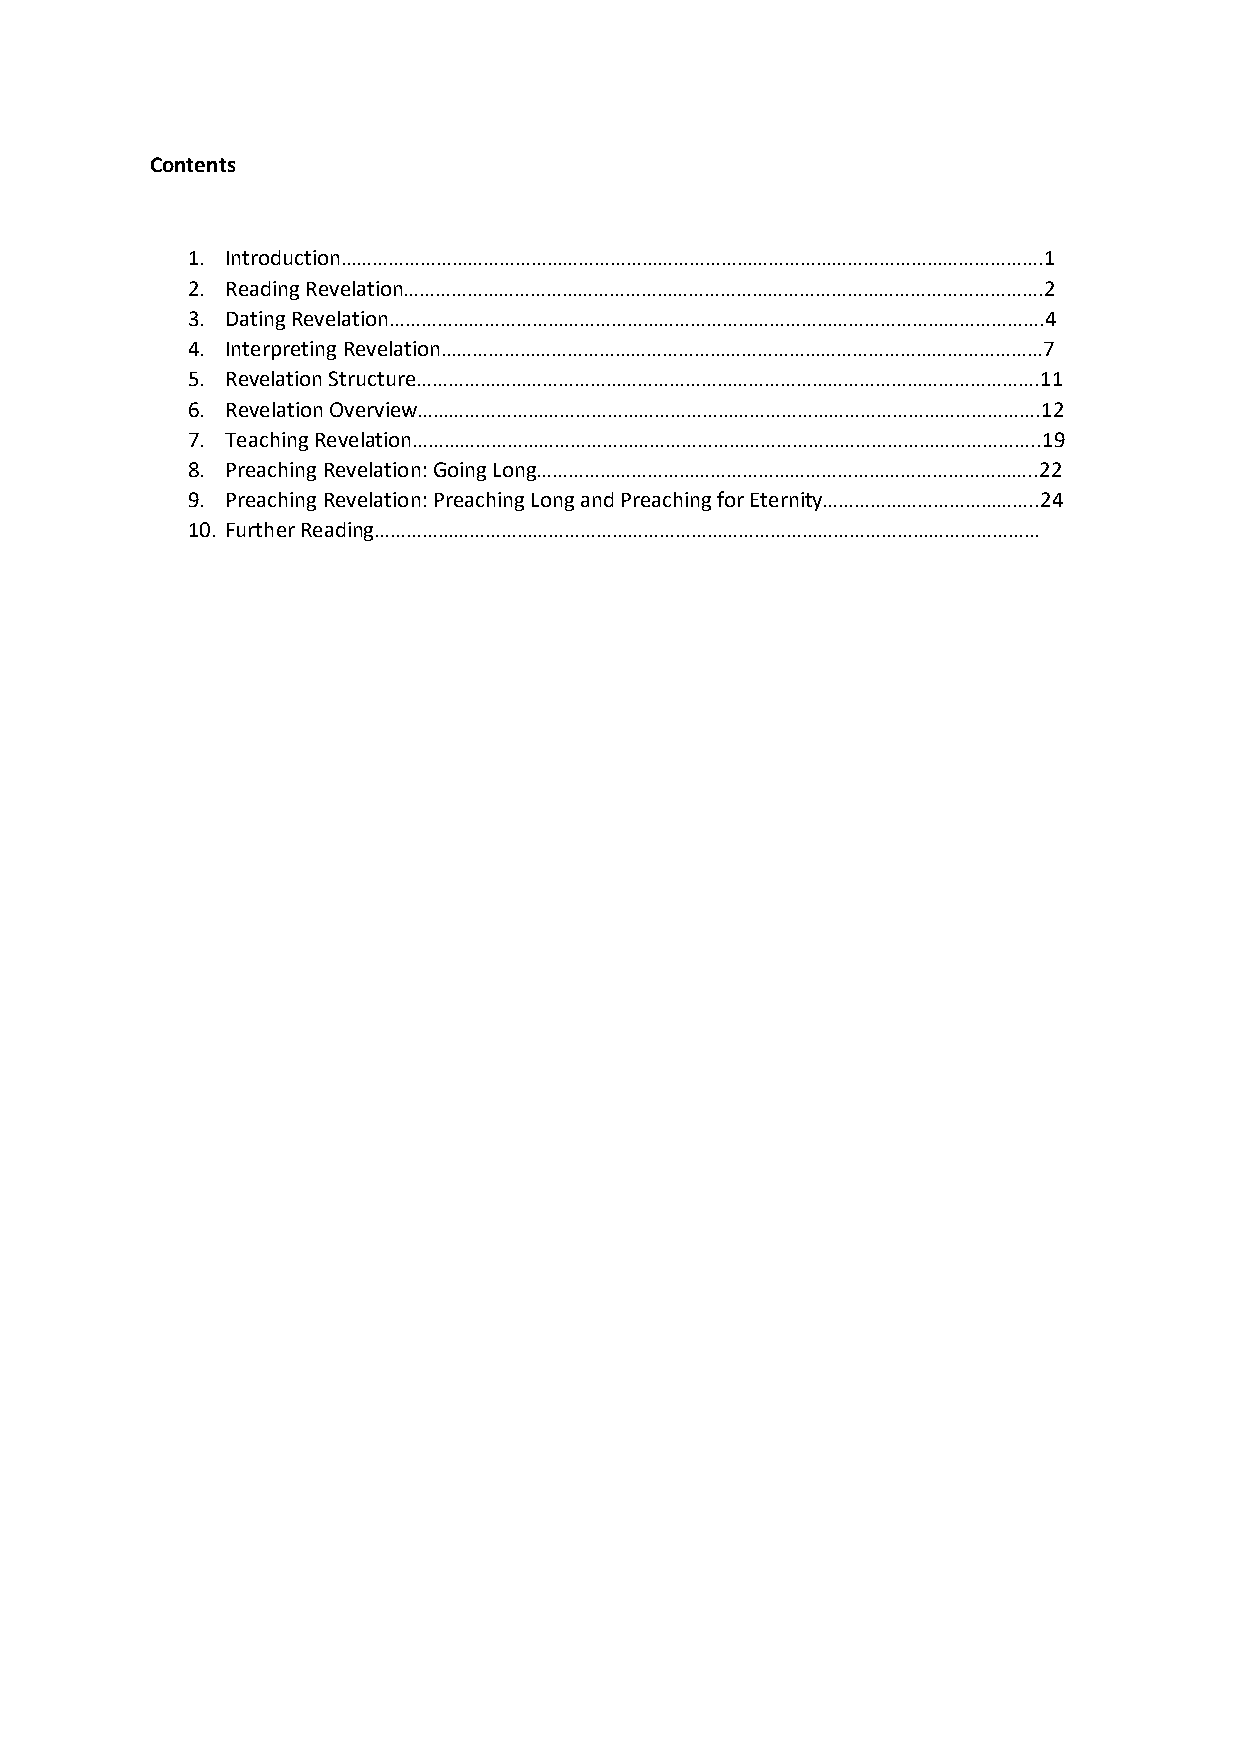
Contents
 1. Introduction…………………………………………………………………………………………………………………….1
 2. Reading Revelation………………………………………………………………………………………………………….2
 3. Dating Revelation…………………………………………………………………………………………………………….4
 4. Interpreting Revelation……………………………………………………………………………………………………7
 5. Revelation Structure……………………………………………………………………………………………………….11
 6. Revelation Overview……………………………………………………………………………………………………….12
 7. Teaching Revelation………………………………………………………………………………………………………..19
 8. Preaching Revelation: Going Long…………………………………………………………………………………..22
 9. Preaching Revelation: Preaching Long and Preaching for Eternity…………………………………..24
 10. Further Reading………………………………………………………………………………………………………………